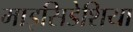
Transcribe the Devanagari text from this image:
माइसिडेशिया